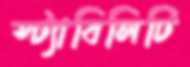
স্ট্যাবিলিটি